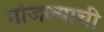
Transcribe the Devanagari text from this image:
गांजल्याची